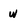
Character: w